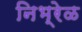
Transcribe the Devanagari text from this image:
निभ्रेळ